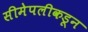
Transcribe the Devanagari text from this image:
सीमेपलीकडून